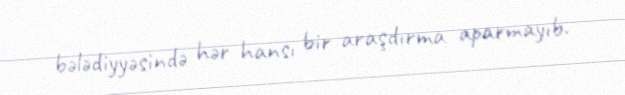
bələdiyyəsində hər hansı bir araşdırma aparmayıb.